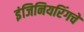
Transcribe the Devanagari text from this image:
इंजिनियरिंगचे